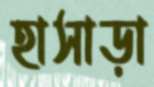
হাসাড়া